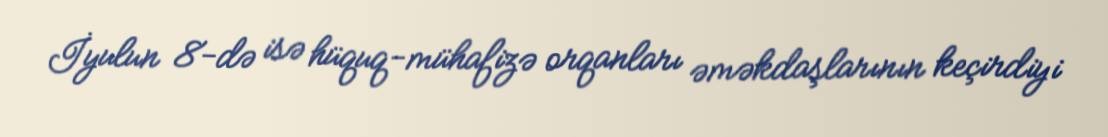
İyulun 8-də isə hüquq-mühafizə orqanları əməkdaşlarının keçirdiyi